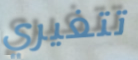
تتغيري